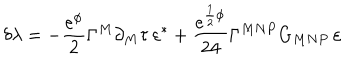
\delta \lambda = - \frac { e ^ { \phi } } { 2 } \Gamma ^ { M } \partial _ { M } \tau \, \varepsilon ^ { * } + \frac { e ^ { \frac { 1 } { 2 } \phi } } { 2 4 } \Gamma ^ { M N P } G _ { M N P } \, \varepsilon